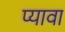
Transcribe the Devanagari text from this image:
प्यावा